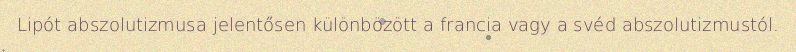
Lipót abszolutizmusa jelentősen különbözött a francia vagy a svéd abszolutizmustól.